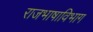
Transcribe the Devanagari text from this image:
राजभाषाविभाग